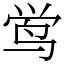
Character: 鸴